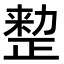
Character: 𠢫